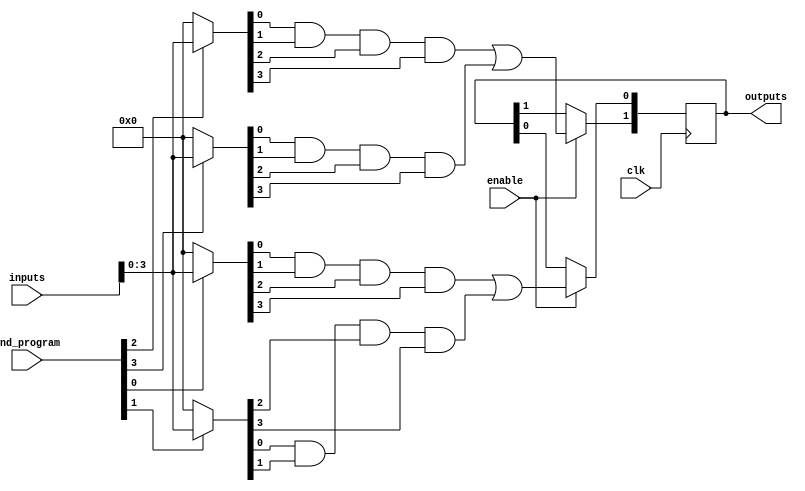
module fused_pal #(
    parameter NUM_INPUTS = 8,   // Number of inputs
    parameter NUM_AND_GATES = 4, // Number of AND gates
    parameter NUM_OR_GATES = 2    // Number of OR gates
)(
    input  wire [NUM_INPUTS-1:0] inputs, // Input lines
    input  wire [NUM_AND_GATES-1:0] and_program, // Programming control for AND gates (1: connect, 0: disconnect)
    input  wire clk,                     // Clock signal
    input  wire enable,                  // Enable signal for programming
    output reg [NUM_OR_GATES-1:0] outputs // Output lines
);

    // Internal signals for programmable AND gates
    wire [NUM_AND_GATES-1:0] and_outputs;

    // Programmable AND gates
    generate
        genvar i;
        for (i = 0; i < NUM_AND_GATES; i = i + 1) begin : and_gate
            wire [NUM_INPUTS-1:0] and_inputs; // inputs to AND gate

            // Connect inputs based on programming
            assign and_inputs = and_program[i] ? inputs : {NUM_INPUTS{1'b0}}; // If programmed, connect inputs; else connect to 0

            // AND gate operation (example with 4 inputs per AND gate)
            assign and_outputs[i] = and_inputs[0] & and_inputs[1] & and_inputs[2] & and_inputs[3];
        end
    endgenerate

    // Fixed OR gates
    always @(posedge clk) begin
        if (enable) begin
            // OR gate connections (fixed)
            outputs[0] <= and_outputs[0] | and_outputs[1]; // First OR gate combines outputs from first two AND gates
            outputs[1] <= and_outputs[2] | and_outputs[3]; // Second OR gate combines outputs from last two AND gates
        end
    end

endmodule